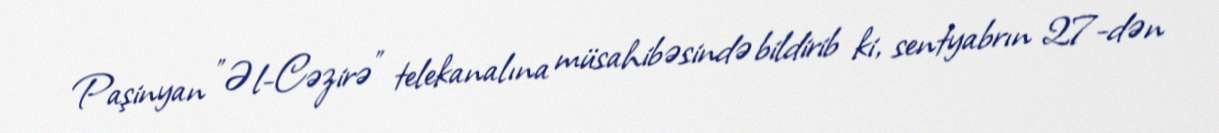
Paşinyan ”Əl-Cəzirə" telekanalına müsahibəsində bildirib ki, sentyabrın 27-dən